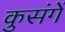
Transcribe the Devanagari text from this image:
कुसंगें